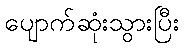
ပျောက်ဆုံးသွားပြီး